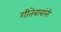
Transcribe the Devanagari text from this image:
गीतेबाबांनी